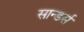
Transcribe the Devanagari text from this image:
सान्डर्स